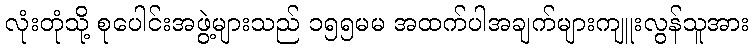
လုံးတုံသို့ စုပေါင်းအဖွဲ့များသည် ၁၅၅မမ အထက်ပါအချက်များကျူးလွန်သူအား